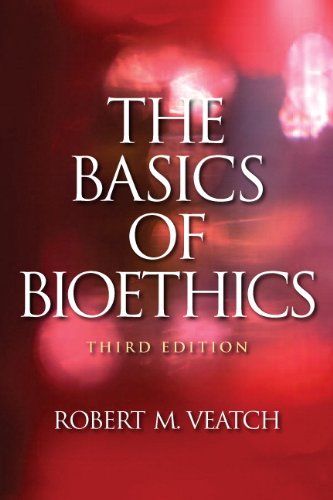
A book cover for The Basics of Bioethics (3rd Edition); Robert M. Veatch Ph.D.; Medical Books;